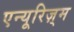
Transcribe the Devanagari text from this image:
एन्यूरिज़्म